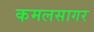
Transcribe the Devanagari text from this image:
कमलसागर